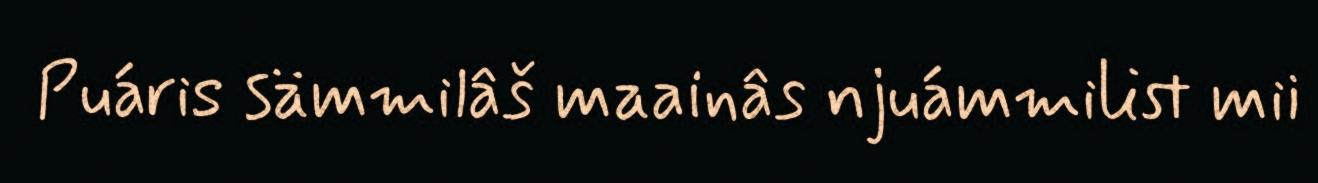
Puáris sämmilâš maainâs njuámmilist mii